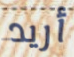
أريد